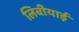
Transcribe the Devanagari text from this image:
लिबीयाई